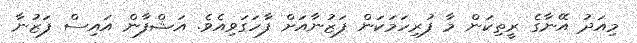
މިއަދު އޭނާގެ ރީތިކަން މާ ފުރިހަމަކަން ފަޒުނާއަށް ފާހަގަވިއެވެ. އަޝްފާން އައިސް ފަޒުނާ